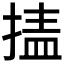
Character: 𰔉